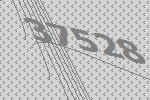
37528